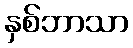
နှစ်ဘာသာ